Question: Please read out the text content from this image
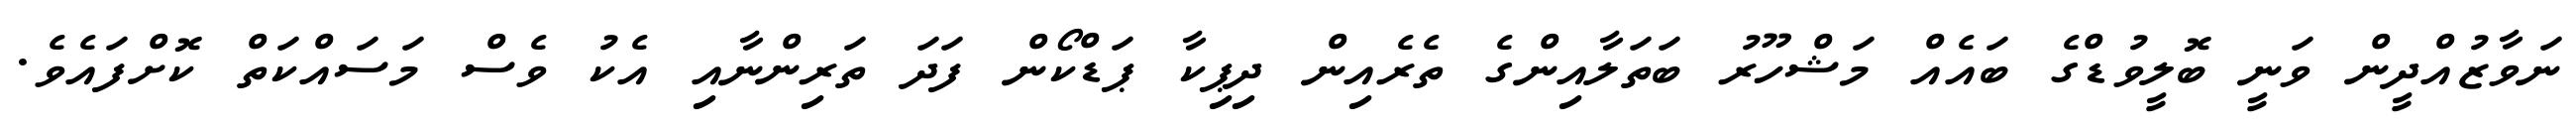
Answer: ނަވާޒުއްދީން ވަނީ ބޮލީވުޑްގެ ބައެއް މަޝްހޫރު ބަތަލާއިންގެ ތެރެއިން ދިޕިކާ ޕަޑްކޯން ފަދަ ތަރިންނާއި އެކު ވެސް މަސައްކަތް ކޮށްފައެވެ.